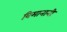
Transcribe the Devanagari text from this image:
विमानानी